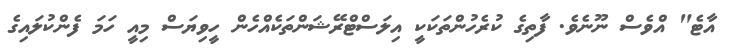
އާޓެ" އްވެސް ނޫނެވެ. ފާތިގެ ކުރެހުންތަކަކީ އިލަސްޓްރޭޝަންތަކެއްހެން ހީވިޔަސް މިއީ ހަމަ ފެންކުލައިގެ